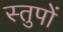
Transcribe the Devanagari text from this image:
स्तुपों